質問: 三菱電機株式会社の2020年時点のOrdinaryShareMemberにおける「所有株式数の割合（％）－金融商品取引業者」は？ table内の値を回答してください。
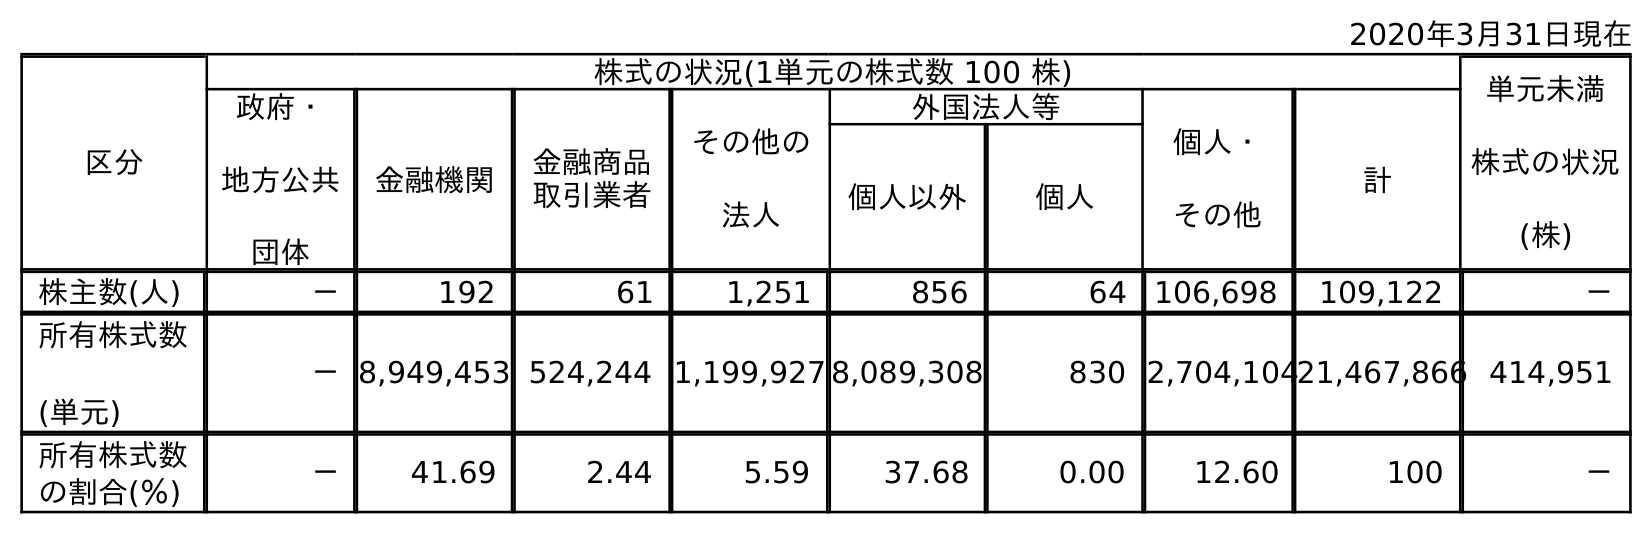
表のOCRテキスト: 2020年3月31日現在 区分 株式の状況(1単元の株式数 100 株) 単元未満 株式の状況 (株) 政府・ 地方公共 団体 金融機関 金融商品 取引業者 その他の 法人 外国法人等 個人・ その他 計 個人以外 個人 株主数(人) － 192 61 1,251 856 64 106,698 109,122 － 所有株式数 (単元) －8,949,453 524,244 1,199,927 8,089,308 830 2,704,10421,467,866 414,951 所有株式数 の割合(％) － 41.69 2.44 5.59 37.68 0.00 12.60 100 －
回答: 2.44